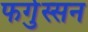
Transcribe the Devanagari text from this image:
फर्गुस्सन